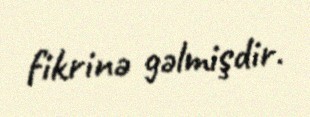
fikrinə gəlmişdir.